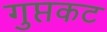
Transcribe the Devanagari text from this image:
गुप्तकट